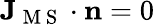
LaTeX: \mathbf{J}_{\mathrm{~M~S~}}\cdot\mathbf{n}=0